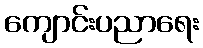
ကျောင်းပညာရေး